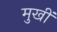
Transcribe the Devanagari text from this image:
मुखीं